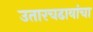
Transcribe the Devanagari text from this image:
उतारचढावांचा